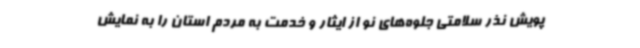
پویش نذر سلامتی جلوه‌های نو از ایثار و خدمت به مردم استان را به نمایش